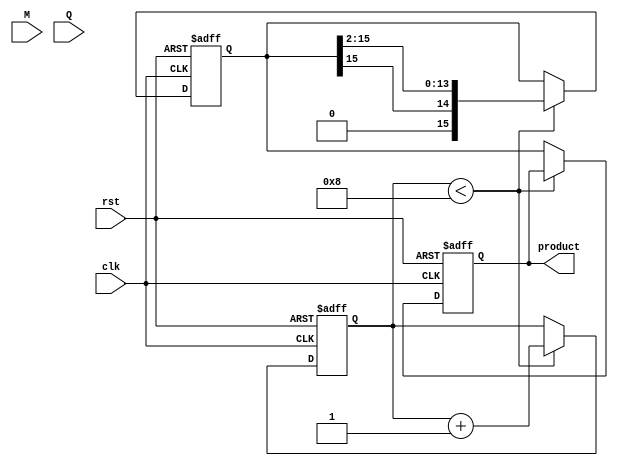
module modified_booth_multiplier (
    input wire clk,
    input wire rst,
    input wire [7:0] M, // Multiplicand
    input wire [7:0] Q, // Multiplier
    output reg [15:0] product // Final product
);

    reg [15:0] A; // Accumulator
    reg [7:0] Q_reg; // Multiplier register
    reg [7:0] M_reg; // Multiplicand register
    reg Q_minus_1; // Previous bit of Q
    reg [3:0] count; // Counter for iterations

    // State machine for control logic
    always @(posedge clk or posedge rst) begin
        if (rst) begin
            A <= 16'b0;
            Q_reg <= Q;
            M_reg <= M;
            product <= 16'b0;
            Q_minus_1 <= 1'b0;
            count <= 4'b0;
        end else begin
            if (count < 8) begin
                case ({Q_reg[0], Q_minus_1})
                    2'b00: begin
                        // No operation
                    end
                    2'b01: begin
                        // Add M to A
                        A <= A + {8'b0, M_reg}; // Extend M to 16 bits
                    end
                    2'b10: begin
                        // Subtract M from A
                        A <= A - {8'b0, M_reg}; // Extend M to 16 bits
                    end
                    2'b11: begin
                        // No operation
                    end
                endcase

                // Shift right: A and Q
                {A, Q_reg} <= {A[15], A[15:1], Q_reg[7:1]}; // Arithmetic right shift
                Q_minus_1 <= Q_reg[0]; // Update Q_minus_1
                count <= count + 1; // Increment count
            end else begin
                product <= A; // Store the final product
            end
        end
    end

endmodule